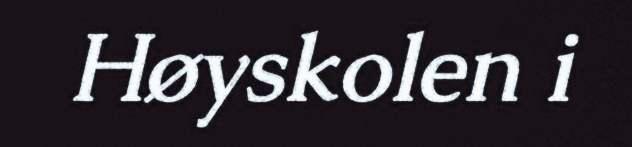
Høyskolen i